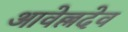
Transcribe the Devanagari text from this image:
आवेल्लदेव